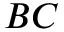
B C